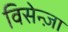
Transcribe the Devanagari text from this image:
विसेन्ज़ा